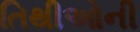
તિથીઓની